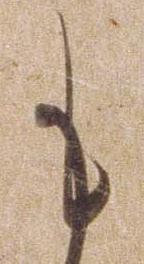
も